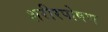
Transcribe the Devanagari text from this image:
शरीरपोषण